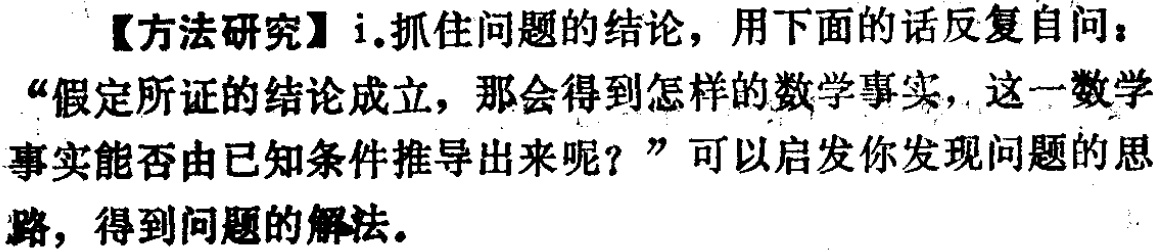
【方法研究】i.抓住问题的结论，用下面的话反复自问：“假定所证的结论成立，那会得到怎样的数学事实，这一数学事实能否由已知条件推导出来呢？”可以启发你发现问题的思路，得到问题的解法。